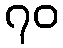
၇၀